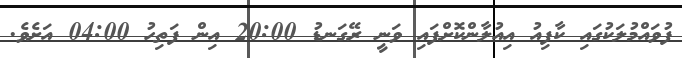
ފުވައްމުލަކުގައި ކާފިއު އިއުލާންކޮށްފައި ވަނީ ރޭގަނޑު 20:00 އިން ފަތިހު 04:00 އަށެވެ.